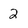
Character: 2